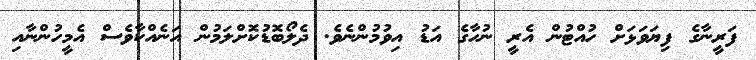
ފަރީނާގެ ފިޔަވަޅަށް ހުއްޓުން އެރީ ނުހާގެ އަޑު އިވުމުންނެވެ. ދެލޯބޮޑުކޮށްލަމުން އަނެއްކާވެސް އެމީހުންނާއި